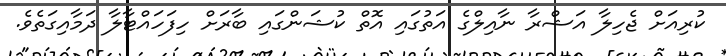
ކުރިއަށް ޖެހިލާ އަޝްރާ ނާއިލްގެ އަތުގައި އޮތް ކުޝަންގައި ބާރަށް ހިފަހައްޓާލާ ދަމާއިގަތެވެ.